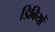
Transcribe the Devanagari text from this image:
डिबियों